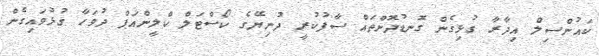
ކައުންސިލް އިދާރާ ގުޅިގެން ގޮނޑުދޮށްތައް ސާފުކުރީ ދުނިޔޭގެ ކޯސްޓަލް ކްލީންއަޕް ދުވަހާ ގުޅުވައިގެން